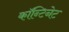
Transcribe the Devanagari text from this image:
काॅन्टिनेट